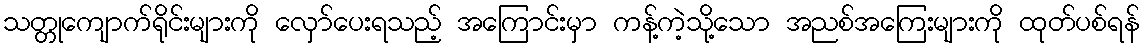
သတ္တုကျောက်ရိုင်းများကို လှော်ပေးရသည့် အကြောင်းမှာ ကန့်ကဲ့သို့သော အညစ်အကြေးများကို ထုတ်ပစ်ရန်